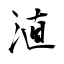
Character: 淔